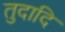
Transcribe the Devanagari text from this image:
तुदादि